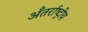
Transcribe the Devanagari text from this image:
अँतर्राष्ट्रीय